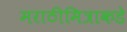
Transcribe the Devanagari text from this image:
मराठीमित्राकडे